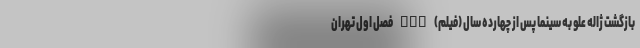
بازگشت ژاله علو به سینما پس از چهارده سال (فیلم) nan فصل اول تهران